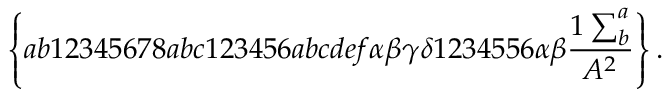
\left\{ a b 1 2 3 4 5 6 7 8 a b c 1 2 3 4 5 6 a b c d e f \alpha \beta \gamma \delta 1 2 3 4 5 5 6 \alpha \beta \frac { 1 \sum _ { b } ^ { a } } { A ^ { 2 } } \right\} .